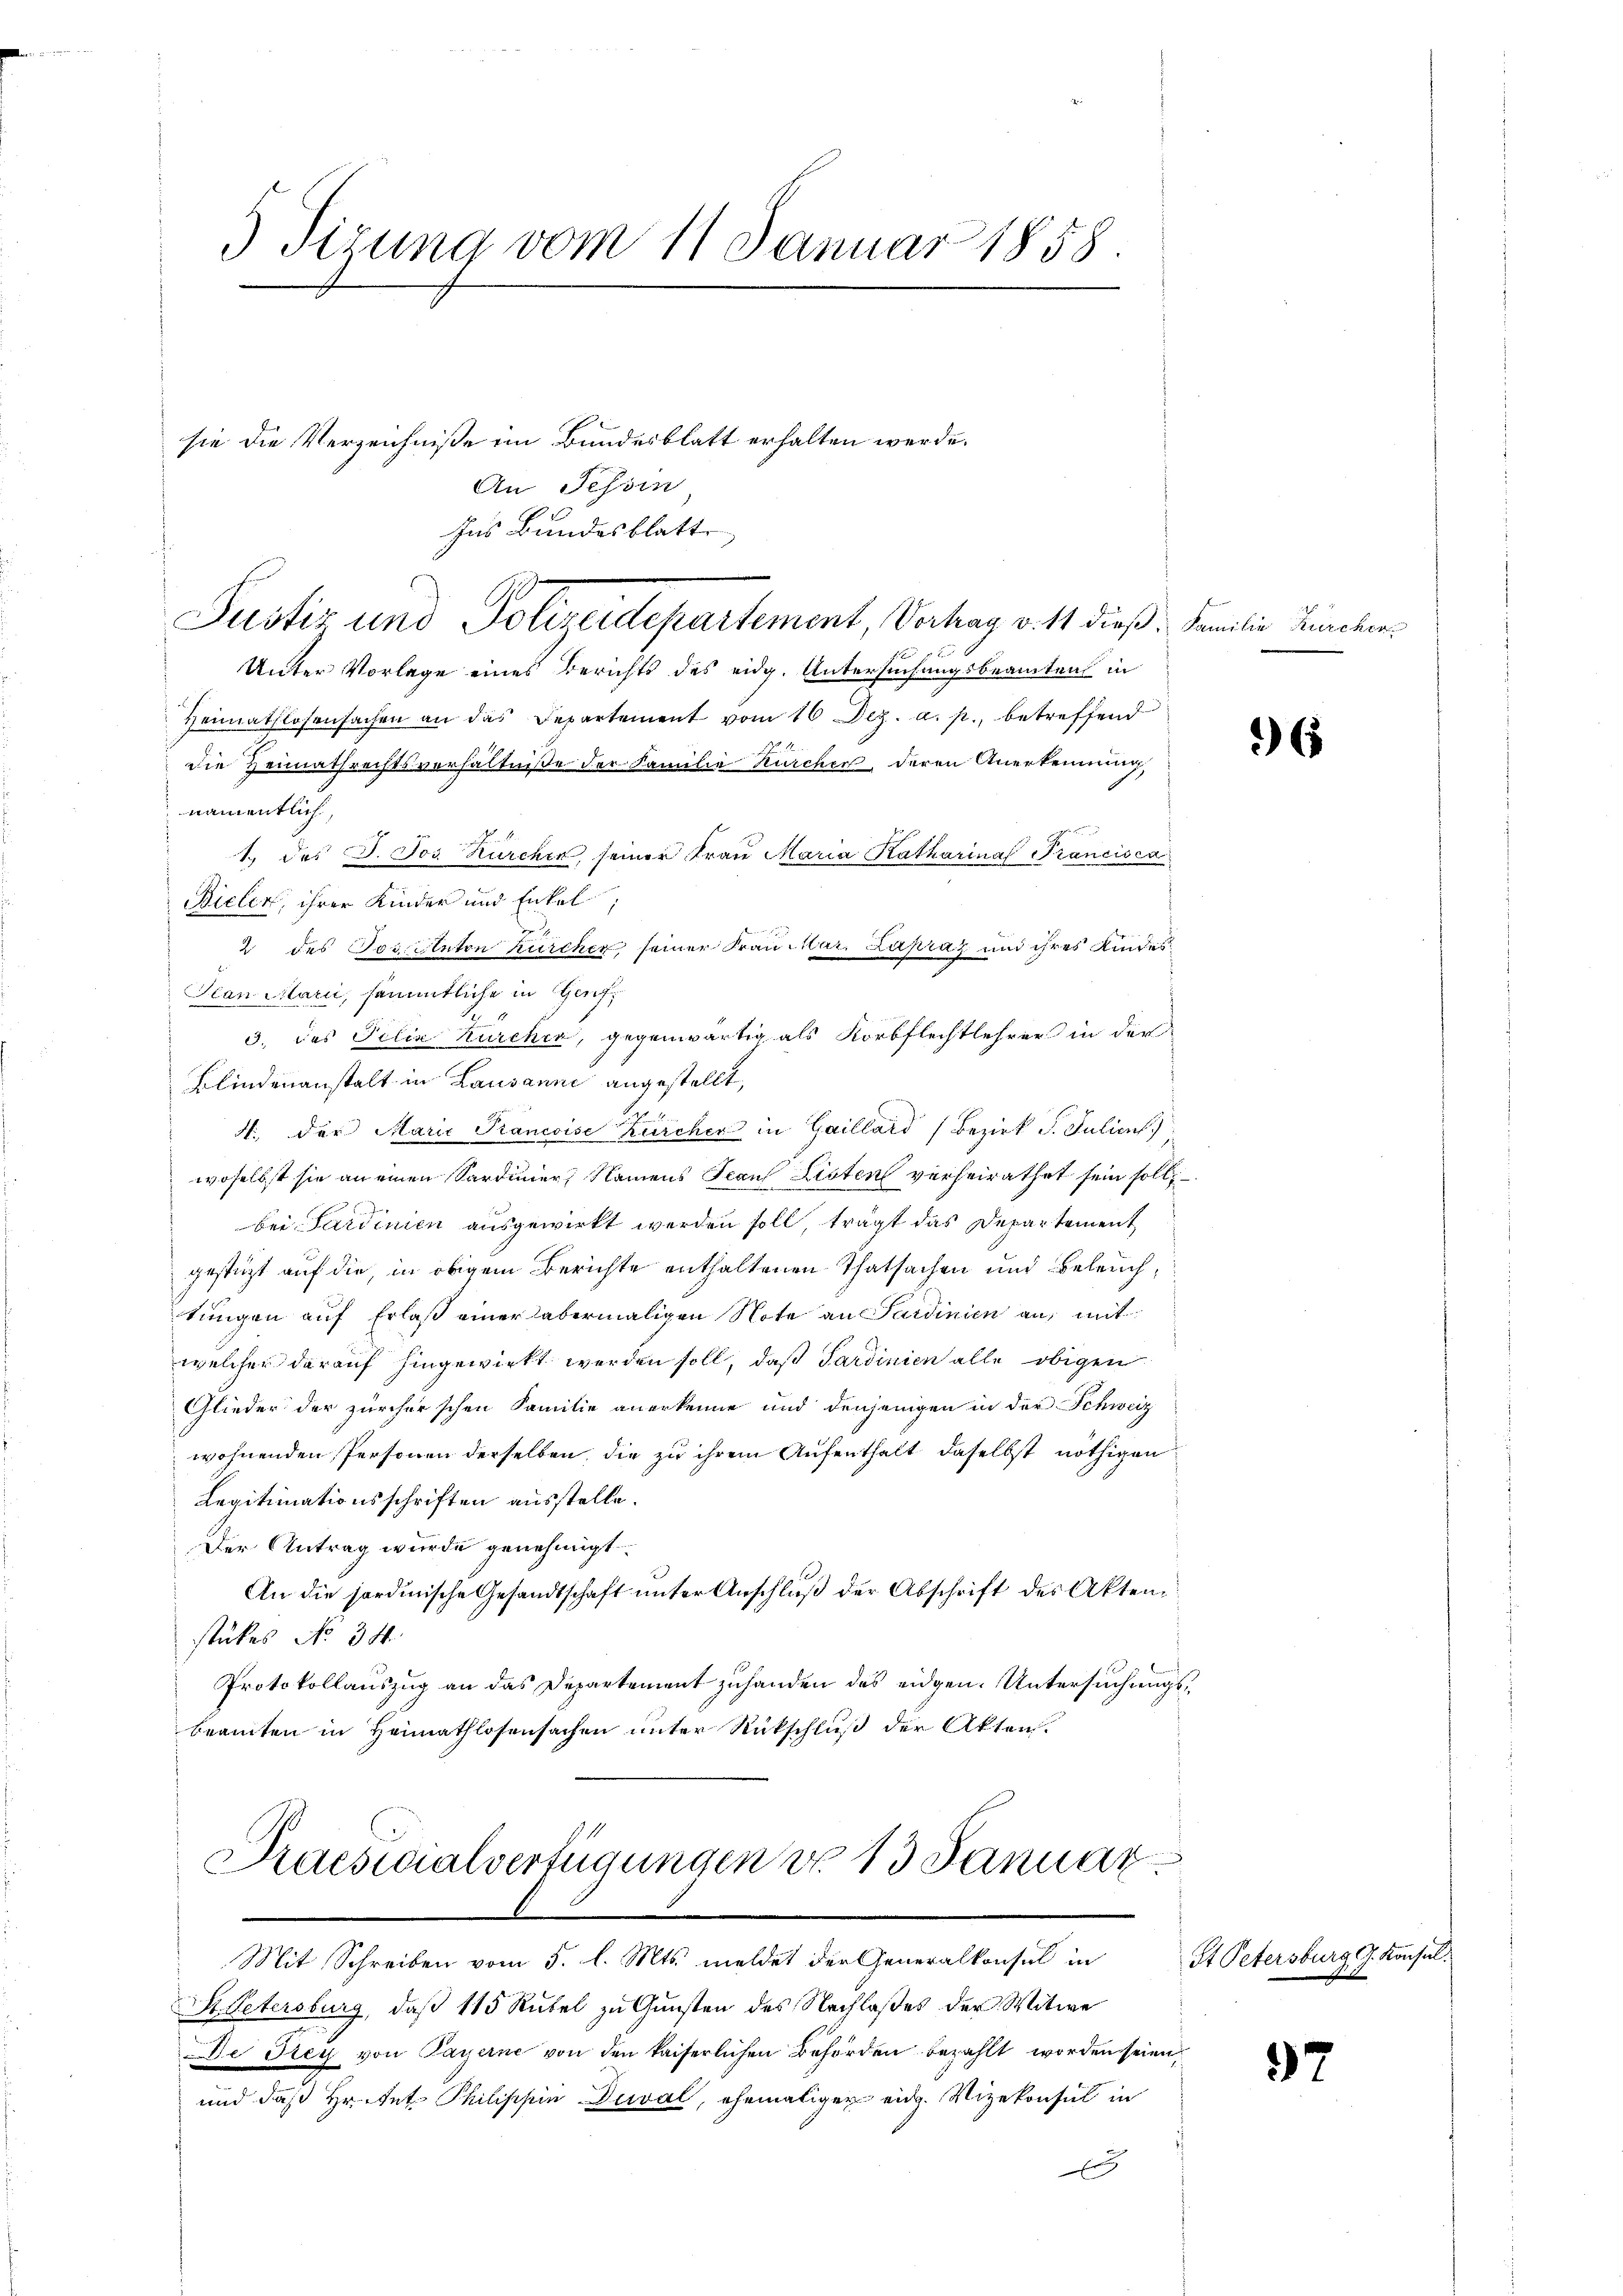
3 Sizung vom 11. Januar 1858.

sie die Verzeichniße im Bundesblatt erhalten werde.
An Tessin
Ins Bundesblatt
Unter Vorlage eines Berichts des eidg. Untersuchungsbeamten in
Heimathlosensachen an das Departement vom 16 Dez. a. p. betreffend
die Heimathrechtsverhältniße der Familie Kircher, deren Anerkennung,
namentlich,
1. des J. Jos. Kürcher, seiner Frau Maria Katharina Trancisca
Bielen, ihrer Kinder und Enkel,
2 des Postenton Zürcher seiner Frau Mar. Lapraz und ihres Kindes¬
Plan Marii, sämmtliche in Genf¬
3., das Filia Kircher, gegenwärtig als Korbflechtlehrer in der
Blindenanstalt in Lausanne angestellt,
A., der Marie Prancoise Zürcher in Gaillard (Bezirk J. Julien)
woselbst sie an einen Sardinier, Namens Jean Listen verheirathet sein soll,
bei Sardinien ausgewirkt werden soll, trägt das Departement
gestützt auf die, in obigem Berichte enthaltenen Thatsachen und Beleuch,
tungen auf Erlaß einer abermaligen Note an Sardinien an, mit
welcher darauf hingewirkt werden soll, daß Sardinien alle obigen
Glieder der zürcherschen Familie anerkenne und denjenigen in der Schweiz
wohnenden Personen derselben, die zu ihrem Aufenthalt daselbst nöthigen
Legitimationsschriften ausstelle.
Der Antrag wurde genehmigt.
An die sordinische Gesandtschaft ŭnter Anschlŭβ der Abschrift des Akten
stükes No 34.
Protokollauszug an das Departement zuhanden des eidgen. Untersuchungsbeamten in Heimathlosensachen unter Rückschluß der Akten.

Justiz und Polizeidepartement, Verhag v. 11 dieß. Familie Kirchens

Praesidialverfügungen von 13 Januar
2
Mit Schreiben vom 5. l. Mts. meldet der Generalkonsul in

St. Petersburg, daß 115 Rübel zu Gunsten des Nachlaßes der Witwe
De drey von Payerne von den kaiserlichen Behörden bezahlt worden seien,
und daß Heitet. Philippin Duval, ehemaliger eid. Vizekonsul in
x

1

6

St Petersburg J. Konsu

97